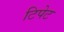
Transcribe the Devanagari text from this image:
टिपेट